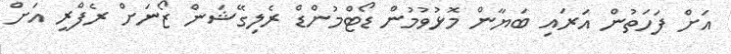
އަށް ފަހަތުން އަރައި ބަޔާން މޮޅުވުމުން ޑޯޓްމުންޑް ރެލިގޭޝަން ޒޯނަށް ރެފްރީ އަށް